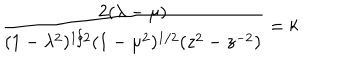
\frac { 2 ( \lambda - \mu ) } { ( 1 - \lambda ^ { 2 } ) ^ { 1 / 2 } ( 1 - \mu ^ { 2 } ) ^ { 1 / 2 } ( z ^ { 2 } - z ^ { - 2 } ) } = k